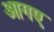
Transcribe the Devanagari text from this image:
आगए